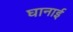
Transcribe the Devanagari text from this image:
घानाई